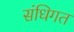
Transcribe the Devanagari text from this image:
संधिगत